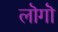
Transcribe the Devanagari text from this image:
लॊगॊं